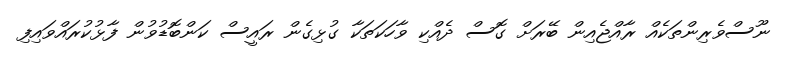
ނޫސްވެރިންތަކެއް ރާއްޖެއިން ބޭރަށް ގޮސް ދެއްކި ވާހަކަތަކާ ގުޅިގެން ރައީސް ކަންބޮޑުވުން ފާޅުކުރައްވައިފި